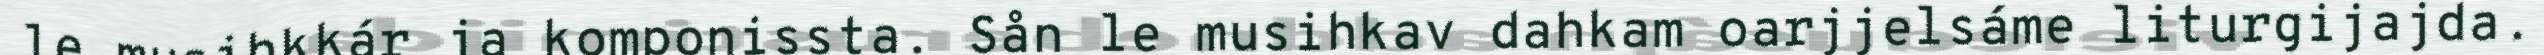
le musihkkár ja komponissta. Sån le musihkav dahkam oarjjelsáme liturgijajda.